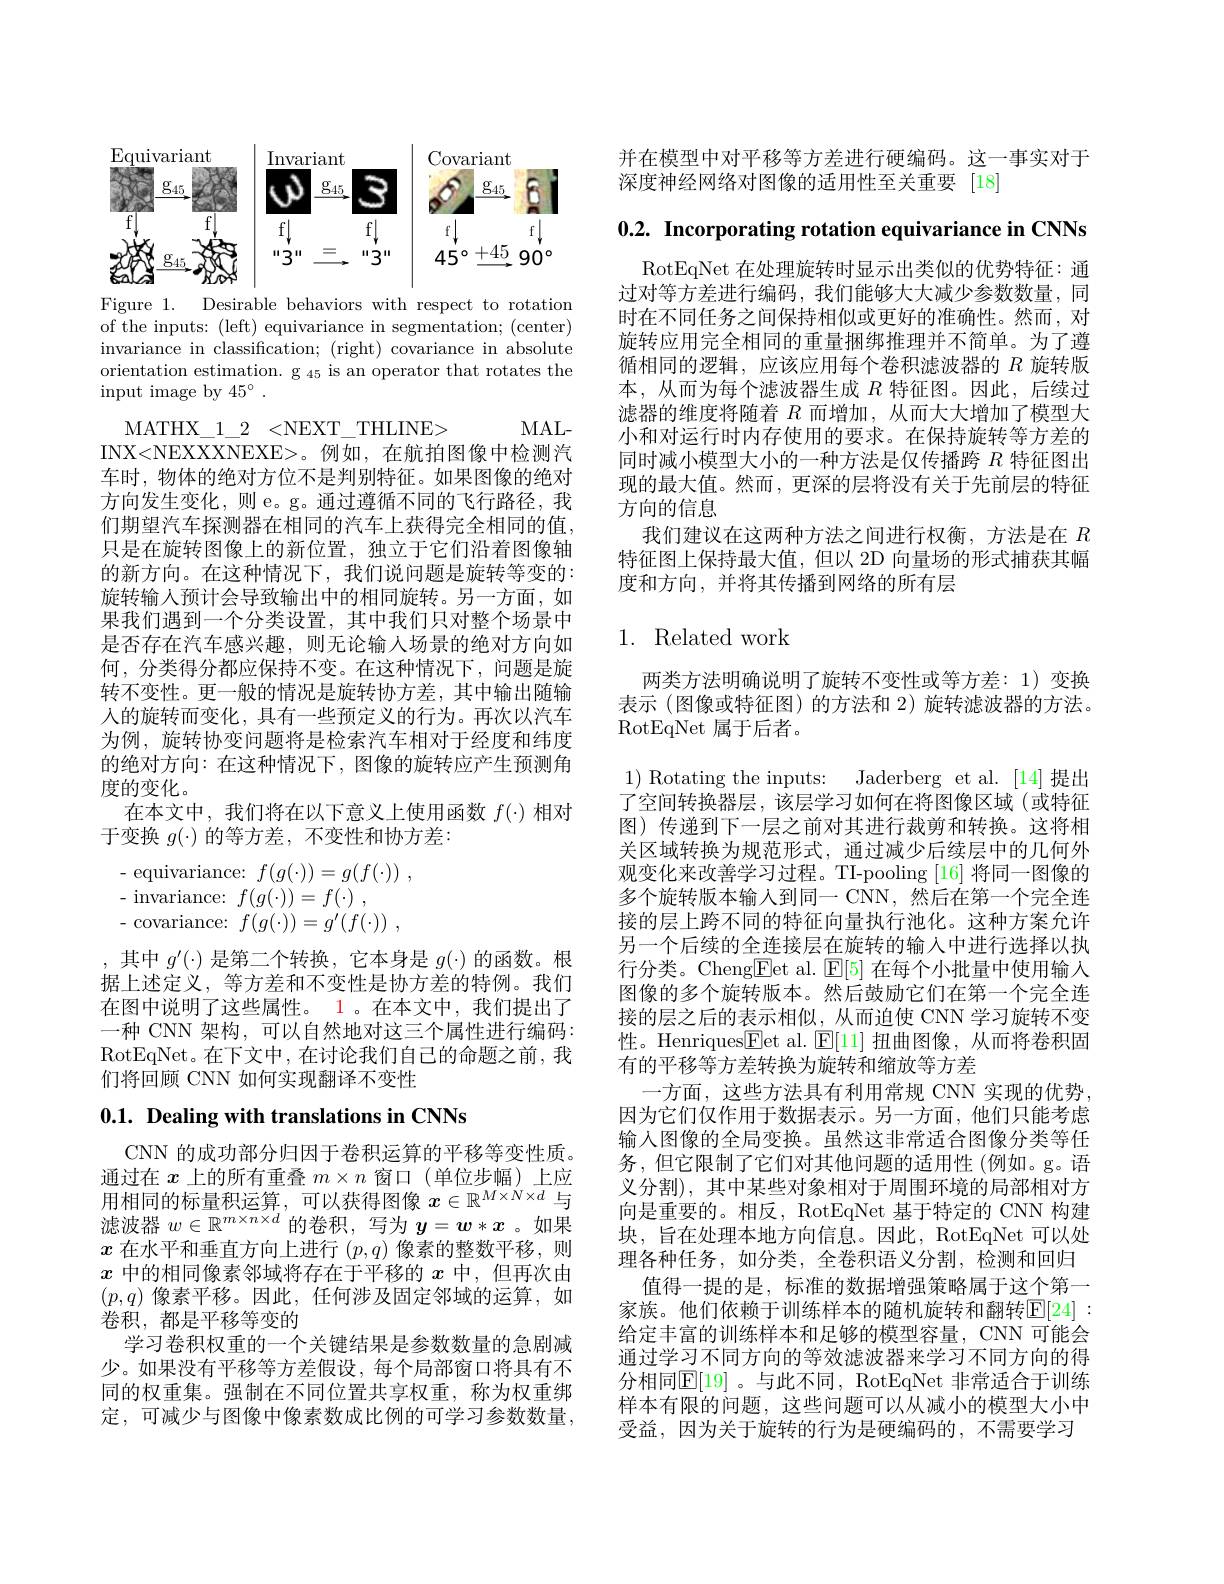
<FigureHere>

Figure 1. Desirable behaviors with respect to rotation of the inputs: (left) equivariance in segmentation; (center) invariance in classification; (right) covariance in absolute orientation estimation. g $_{45}$ is an operator that rotates the input image by $45^\circ.$

MAL-
MATHX$\_$1$\_$2<NEXT$\_$THLINE>
INX<NEXXXNEXE>。例如，在航拍图像中检测汽车时，物体的绝对方位不是判别特征。如果图像的绝对方向发生变化，则 e。g。通过遵循不同的飞行路径，我们期望汽车探测器在相同的汽车上获得完全相同的值， 只是在旋转图像上的新位置，独立于它们沿着图像轴的新方向。在这种情况下，我们说问题是旋转等变的： 旋转输人预计会导致输出中的相同旋转。另一方面，如果我们遇到一个分类设置，其中我们只对整个场景中是否存在汽车感兴趣，则无论输入场景的绝对方向如何，分类得分都应保持不变。在这种情况下，问题是旋转不变性。更一般的情况是旋转协方差，其中输出随输入的旋转而变化，具有一些预定义的行为。再次以汽车为例，旋转协变问题将是检索汽车相对于经度和纬度的绝对方向：在这种情况下，图像的旋转应产生预测角度的变化。
在本文中，我们将在以下意义上使用函数$f(\cdot)$相对
于变换$g(\cdot)$的等方差，不变性和协方差：
$$\begin{array}{ll}\text{- equivariance:}&f(g(\cdot))=g(f(\cdot))\\\text{- invariance:}&f(g(\cdot))=f(\cdot)\:,\\\text{- covariance:}&f(g(\cdot))=g'(f(\cdot))\:,\end{array}$$
,其中$g^\prime(\cdot)$是第二个转换，它本身是$g(\cdot)$的函数。根据上述定义，等方差和不变性是协方差的特例。我们在图中说明了这些属性。1 。在本文中，我们提出了一种 CNN 架构，可以自然地对这三个属性进行编码： RotEqNet。在下文中，在讨论我们自己的命题之前，我们将回顾 CNN 如何实现翻译不变性
$0. 1. \textbf{ Dealing with translations in CNNs}$

CNN 的成功部分归因于卷积运算的平移等变性质。通过在$x$上的所有重叠$m\times n$窗口 (单位步幅)上应用相同的标量积运算，可以获得图像$x\in\mathbb{R}^M\times N\times d$与滤波器$w\in\mathbb{R}^{m\times n\times d}$的卷积，写为$y=w*x$ 。如果$x$在水平和垂直方向上进行$(p,q)$像素的整数平移，则$x$中的相同像素邻域将存在于平移的$x$中，但再次由$(p,q)$ 像素平移。因此，任何涉及固定邻域的运算，如卷积，都是平移等变的
学习卷积权重的一个关键结果是参数数量的急剧减少。如果没有平移等方差假设，每个局部窗口将具有不同的权重集。强制在不同位置共享权重，称为权重绑定，可减少与图像中像素数成比例的可学习参数数量，

并在模型中对平移等方差进行硬编码。这一事实对于
深度神经网络对图像的适用性至关重要 [18]

0.2. Incorporating rotation equivariance in CNNs

RotEqNet 在处理旋转时显示出类似的优势特征：通过对等方差进行编码，我们能够大大减少参数数量，同时在不同任务之间保持相似或更好的准确性。然而，对旋转应用完全相同的重量捆绑推理并不简单。为了遵循相同的逻辑，应该应用每个卷积滤波器的$R$旋转版本，从而为每个滤波器生成$R$特征图。因此，后续过滤器的维度将随着$R$而增加，从而大大增加了模型大小和对运行时内存使用的要求。在保持旋转等方差的同时减小模型大小的一种方法是仅传播跨$R$特征图出现的最大值。然而，更深的层将没有关于先前层的特征方向的信息
我们建议在这两种方法之间进行权衡，方法是在$R$ 特征图上保持最大值，但以 2D 向量场的形式捕获其幅度和方向，并将其传播到网络的所有层

# 1. Related work

两类方法明确说明了旋转不变性或等方差：1)变换表示 (图像或特征图)的方法和 2)旋转滤波器的方法。RotEqNet 属于后者。
1) Rotating the inputs: Jaderberg et al. [14]提出了空间转换器层，该层学习如何在将图像区域(或特征图) 传递到下一层之前对其进行裁剪和转换。这将相关区域转换为规范形式，通过减少后续层中的几何外观变化来改善学习过程。TI-pooling [16] 将同一图像的多个旋转版本输入到同一 CNN,然后在第一个完全连接的层上跨不同的特征向量执行池化。这种方案允许另一个后续的全连接层在旋转的输入中进行选择以执行分类。Cheng$\boxed{\mathrm{E}}$et al. $\boxed{\mathrm{E}}[5]$在每个小批量中使用输入图像的多个旋转版本。然后鼓励它们在第一个完全连接的层之后的表示相似，从而迫使 CNN 学习旋转不变性。Henriques$\boxed{\mathrm{Fet~al.~}}\underline{\mathrm{E[11]}}$扭曲图像，从而将卷积固有的平移等方差转换为旋转和缩放等方差
一方面，这些方法具有利用常规 CNN 实现的优势， 因为它们仅作用于数据表示。另一方面，他们只能考虑输入图像的全局变换。虽然这非常适合图像分类等任务，但它限制了它们对其他问题的适用性(例如。g。语义分割), 其中某些对象相对于周围环境的局部相对方向是重要的。相反，RotEqNet 基于特定的 CNN 构建块，旨在处理本地方向信息。因此，RotEqNet 可以处理各种任务，如分类，全卷积语义分割，检测和回归
值得一提的是，标准的数据增强策略属于这个第一家族。他们依赖于训练样本的随机旋转和翻转$\mathbb{E}[24]:$ 给定丰富的训练样本和足够的模型容量，CNN 可能会通过学习不同方向的等效滤波器来学习不同方向的得分相同$\mathbb{E}[19]$ 。与此不同，RotEqNet 非常适合于训练样本有限的问题，这些问题可以从减小的模型大小中受益，因为关于旋转的行为是硬编码的，不需要学习